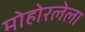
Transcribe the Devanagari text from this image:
मोहोरलेला